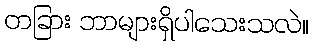
တခြား ဘာများရှိပါသေးသလဲ။